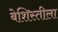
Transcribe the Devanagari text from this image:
बेशिस्तीला